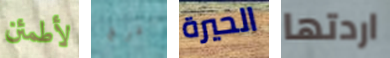
لأطمئن درج الحيرة اردتها